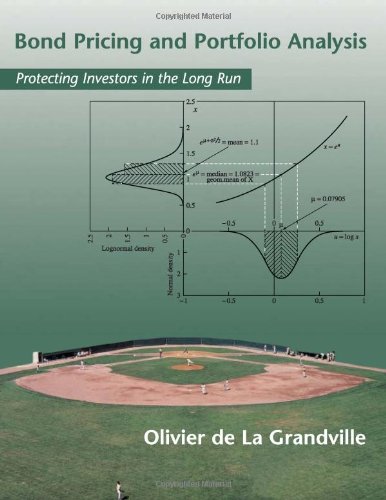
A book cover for Bond Pricing and Portfolio Analysis; Olivier de de La Grandville; Business & Money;